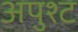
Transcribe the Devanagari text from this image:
अपुश्ट